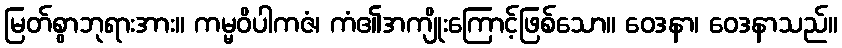
မြတ်စွာဘုရားအား။ ကမ္မဝိပါကဇံ၊ ကံ၏အကျိုးကြောင့်ဖြစ်သော။ ဝေဒနာ၊ ဝေဒနာသည်။